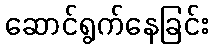
ဆောင်ရွက်နေခြင်း